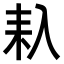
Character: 𠓩